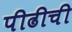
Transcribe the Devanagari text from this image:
पीढीची